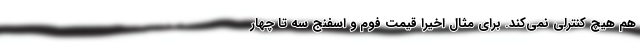
هم هیچ کنترلی نمی‌کند. برای مثال اخیرا قیمت فوم و اسفنج سه تا چهار